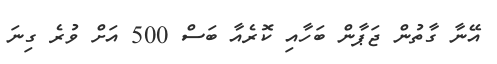
އޭނާ ގާތުން ޖަޕާން ބަހާއި ކޮރެއާ ބަސް 500 އަށް ވުރެ ގިނަ